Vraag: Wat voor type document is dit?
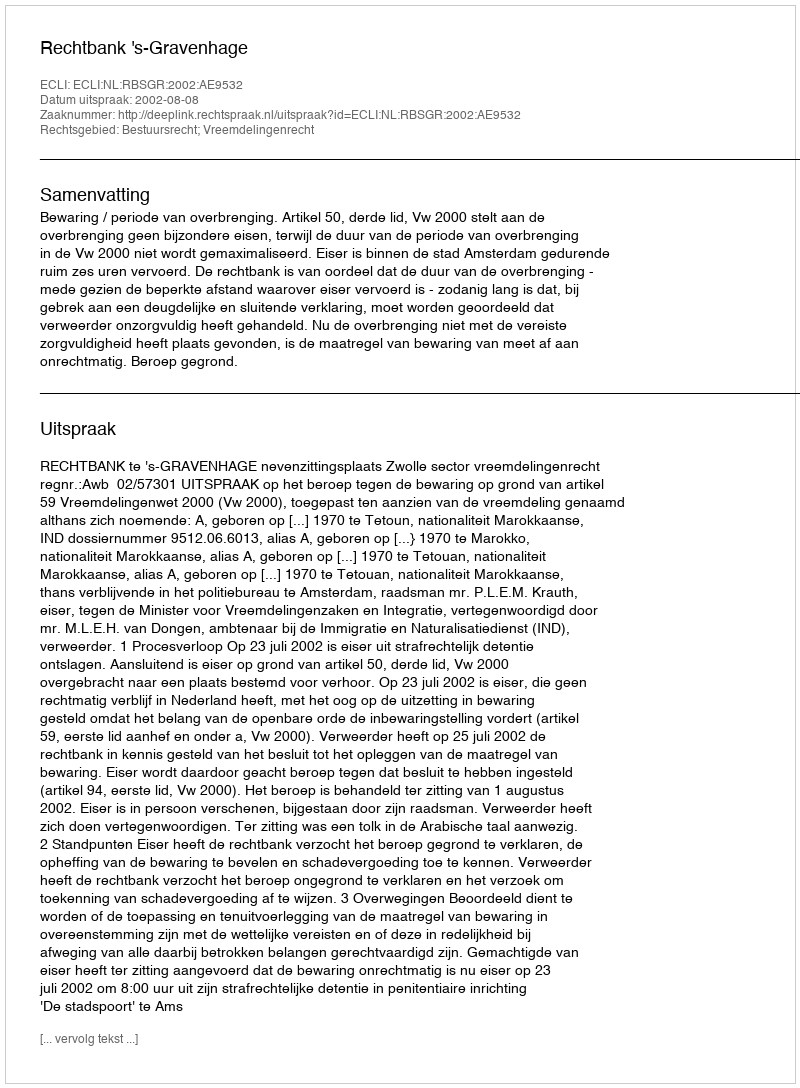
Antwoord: Uitspraak